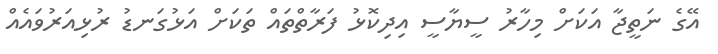
އޭގެ ނަތީޖާ އަކަށް މިހާރު ސީޔާސީ އިދިކޮޅު ފަރާތްތައް ތަކަށް އަޅުގަނޑު ރުޅިއަރުވައެއް